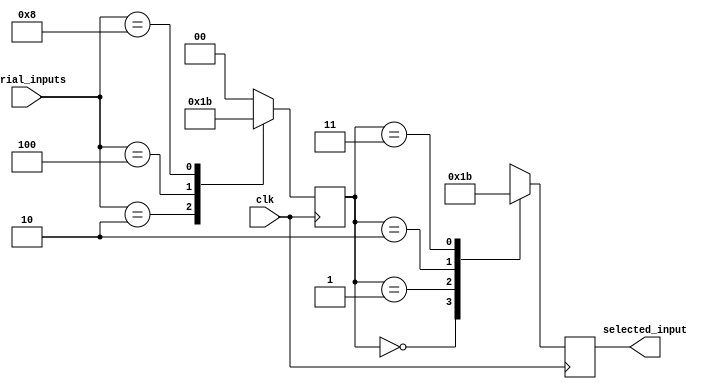
module serial_arbiter (
    input wire clk, // system clock
    input wire [3:0] serial_inputs, // 4 serial input signals
    output reg [1:0] selected_input // selected input signal
);

reg [1:0] priority; // priority encoder for selecting input

always @ (posedge clk) begin
    // prioritize input signals based on some criteria
    case(serial_inputs)
        4'b0001: priority <= 2'b00; // prioritize input 1
        4'b0010: priority <= 2'b01; // prioritize input 2
        4'b0100: priority <= 2'b10; // prioritize input 3
        4'b1000: priority <= 2'b11; // prioritize input 4
        default: priority <= 2'b00; // default priority
    endcase
end

always @ (posedge clk) begin
    // select input signal based on priority
    case(priority)
        2'b00: selected_input <= 2'b00; // select input 1
        2'b01: selected_input <= 2'b01; // select input 2
        2'b10: selected_input <= 2'b10; // select input 3
        2'b11: selected_input <= 2'b11; // select input 4
        default: selected_input <= 2'b00; // default selection
    endcase
end

endmodule